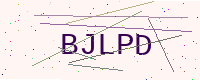
Text: BJLPD